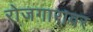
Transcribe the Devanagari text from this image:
रोजगारावर